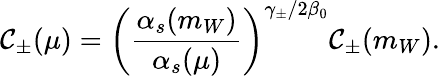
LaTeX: \mathcal{C}_{\pm}(\mu)=\left(\frac{{\alpha_{s}(m_{W})}}{{\alpha_{s}(\mu)}}\right)^{\gamma_{\pm}/2\beta_{0}}\mathcal{C}_{\pm}(m_{W}).